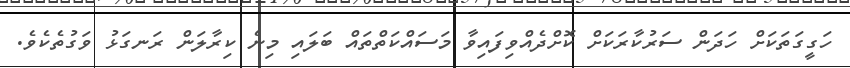
ހަގީގަތަކަށް ހަދަން ސަރުކާރަކަށް ކޮށްދެއްވިފައިވާ މަސައްކަތްތައް ބަލައި މިނެ ކިރާލަން ރަނގަޅު ވަގުތެކެވެ.